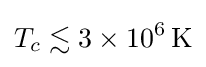
T_{c}\lesssim 3\times 10^{6}\,\mathrm {K}